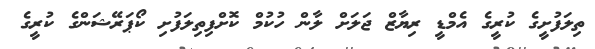
ތިލަފުށީގެ ކުރީގެ އެމްޑީ ރިޔާޒް ޖަލަށް ލާން ހުކުމް ކޮށްފިތިލަފުށި ކޯޕަރޭޝަންގެ ކުރީގެ